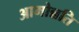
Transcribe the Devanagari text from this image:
आमोन्नति